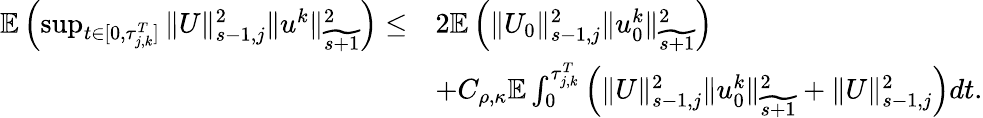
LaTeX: \begin{array}{rl}{\mathbb E\left(\operatorname*{sup}_{t\in[0,\tau_{j,k}^{T}]}\| U\| _{s-1,j}^{2}\| u^{k}\| _{\widetilde{s+1}}^{2}\right)\leq}&{2\mathbb E\left(\| U_{0}\| _{s-1,j}^{2}\| u_{0}^{k}\| _{\widetilde{s+1}}^{2}\right)}\\ &{+C_{\rho,\kappa}\mathbb E\int_{0}^{\tau_{j,k}^{T}}\left(\| U\| _{s-1,j}^{2}\| u_{0}^{k}\| _{\widetilde{s+1}}^{2}+\| U\| _{s-1,j}^{2}\right)dt.}\end{array}